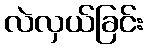
လဲလှယ်ခြင်း